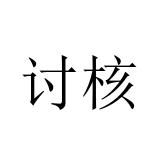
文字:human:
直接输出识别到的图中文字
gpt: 讨核